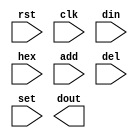
`timescale 1ns / 1ps

module Shift_reg(
    input rst,
    input clk,          // Work at 100MHz clock

    input [31:0] din,   // Data input  
    input [3:0] hex,    // Hexadecimal code for the switches
    input add,          // Add signal
    input del,          // Delete signal
    input set,          // Set signal
    
    output reg [31:0] dout  // Data output
);

    // TODO

endmodule